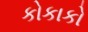
કોકાકો